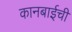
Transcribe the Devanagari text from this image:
कानबाईची